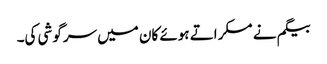
بیگم نے مسکراتے ہوئے کان میں سرگوشی کی۔